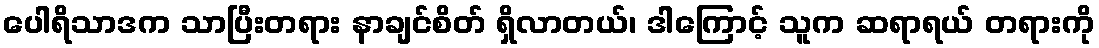
ပေါရိသာဒက သာပြီးတရား နာချင်စိတ် ရှိလာတယ်၊ ဒါကြောင့် သူက ဆရာရယ် တရားကို